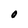
Character: 0